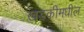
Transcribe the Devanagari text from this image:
खडकीमधील